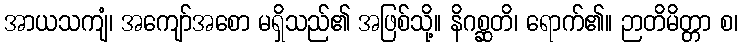
အာယသကျံ၊ အကျော်အစော မရှိသည်၏ အဖြစ်သို့။ နိဂစ္ဆတိ၊ ရောက်၏။ ဉာတိမိတ္တာ စ၊